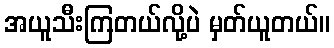
အယူသီးကြတယ်လို့ပဲ မှတ်ယူတယ်။